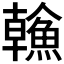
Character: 𩹼